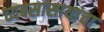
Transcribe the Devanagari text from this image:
व्यबसासायांचा